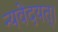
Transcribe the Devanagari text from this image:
न्यवेदयत्।